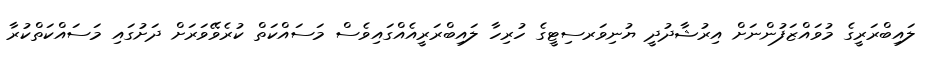
ލައިބްރަރީގެ މުވައްޒަފުންނަށް އިރުޝާދުދީ ޔުނިވަރސިޓީގެ ހުރިހާ ލައިބްރަރީއެއްގައިވެސް މަސައްކަތް ކުރެވޭވަރަށް ދަށުގައި މަސައްކަތްކުރާ